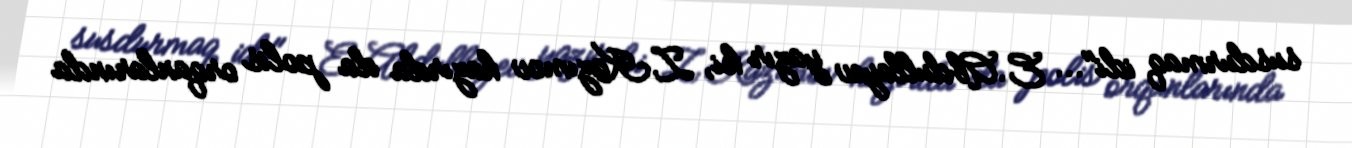
susdurmaq idi"... E.Abdullayev yazır ki, Z.Kazımov hazırda da polis orqanlarında